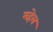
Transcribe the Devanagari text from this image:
महेल